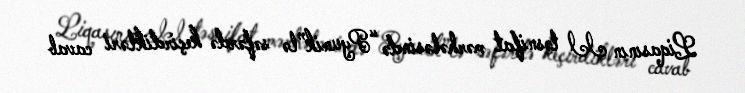
Liqasının II təsnifat mərhələsində “Pyunik”lə səfərdə keçirdikləri cavab